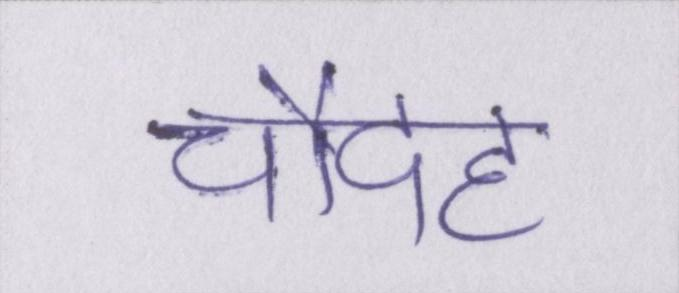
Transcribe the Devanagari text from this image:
चौदह